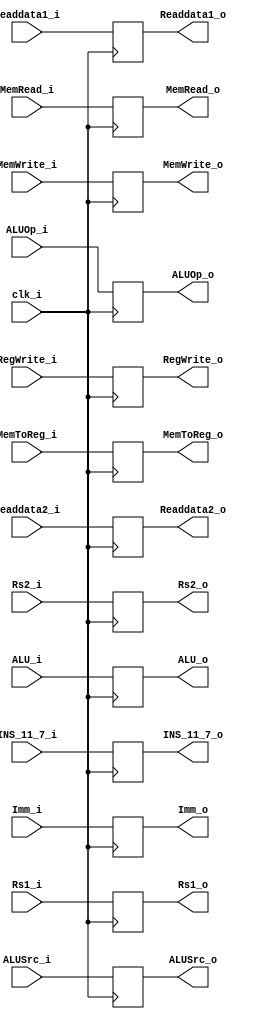
module ID_EX
(   
    clk_i,
    RegWrite_o,
    RegWrite_i,
    MemToReg_o,
    MemToReg_i,
    MemRead_o,
    MemRead_i,
    MemWrite_o,
    MemWrite_i,
    ALUOp_o,
    ALUOp_i,
    ALUSrc_o,
    ALUSrc_i,
    Readdata1_o,
    Readdata1_i,
    Readdata2_o,
    Readdata2_i,
    Imm_o,
    Imm_i,
    ALU_o,
    ALU_i,
    INS_11_7_o,
    INS_11_7_i,
    Rs1_i,
    Rs1_o,
    Rs2_i,
    Rs2_o
);
input               clk_i;
input RegWrite_i, MemToReg_i, MemRead_i, MemWrite_i, ALUSrc_i;     
input [1:0] ALUOp_i;
input [31:0] Readdata1_i, Readdata2_i, Imm_i;
input [9:0] ALU_i;
input [4:0] INS_11_7_i, Rs1_i, Rs2_i;
output reg RegWrite_o, MemToReg_o, MemRead_o, MemWrite_o, ALUSrc_o;
output reg [1:0]    ALUOp_o;
output reg [31:0]   Readdata1_o, Readdata2_o, Imm_o;
output reg [9:0]    ALU_o;
output reg [4:0]    INS_11_7_o, Rs1_o, Rs2_o;

always@(posedge clk_i)  begin
    RegWrite_o  <= RegWrite_i;
    MemToReg_o  <= MemToReg_i;
    MemRead_o   <= MemRead_i;
    MemWrite_o  <= MemWrite_i; 
    ALUSrc_o    <= ALUSrc_i;
    ALUOp_o     <= ALUOp_i;
    Readdata1_o <= Readdata1_i; 
    Readdata2_o <= Readdata2_i;
    Imm_o       <= Imm_i;
    ALU_o       <= ALU_i;
    INS_11_7_o  <= INS_11_7_i;
    Rs1_o <= Rs1_i;
    Rs2_o <= Rs2_i;
end
endmodule